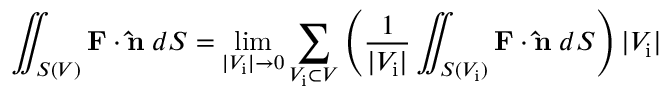
\iint _ { S ( V ) } \mathbf { F } \cdot \mathbf { \hat { n } } \; d S = \operatorname* { l i m } _ { | V _ { \mathrm { i } } | \to 0 } \sum _ { V _ { \mathrm { i } } \subset V } \left( { \frac { 1 } { | V _ { \mathrm { i } } | } } \iint _ { S ( V _ { \mathrm { i } } ) } \mathbf { F } \cdot \mathbf { \hat { n } } \; d S \right) | V _ { \mathrm { i } } |